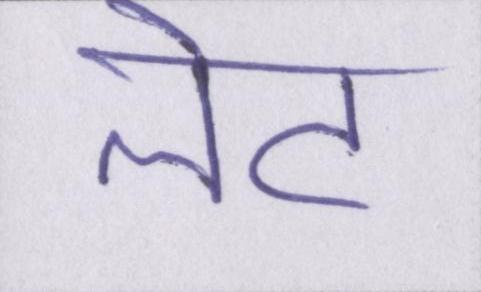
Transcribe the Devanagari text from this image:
लेट